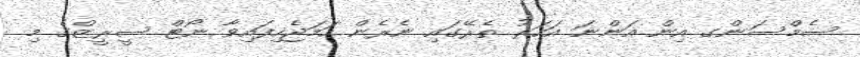
ސެމްސަންގ އިން އަންނަ އަހަރު ތެރޭގައި ނެރެން ހަމަޖެހިފައިވާ ނޯޓް ސީރީޒްގެ މި